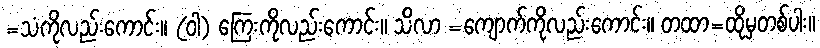
=သံကိုလည်းကောင်း။ (ဝါ) ကြေးကိုလည်းကောင်း။ သိလာ =ကျောက်ကိုလည်းကောင်း။ တထာ=ထိုမှတစ်ပါး။